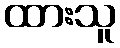
ထားသူ